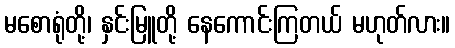
မစောရုံတို့၊ နှင်းမြူတို့ နေကောင်းကြတယ် မဟုတ်လား။